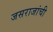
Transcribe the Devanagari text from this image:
जसराजांची